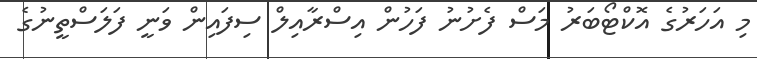
މި އަހަރުގެ އޮކްޓޯބަރު މަސް ފެށުނު ފަހުން އިސްރާއިލް ސިފައިން ވަނީ ފަލަސްތީނުގެ